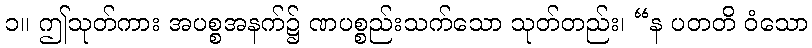
၁။ ဤသုတ်ကား အပစ္စအနက်၌ ဏပစ္စည်းသက်သော သုတ်တည်း၊ “န ပတတိ ဝံသော